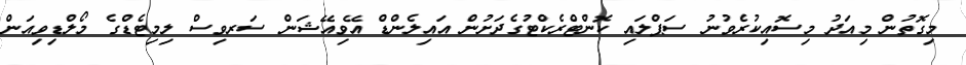
މިގޮތުން މިއަދު މިސޮއިކުރެވުނު ސަޕްލައި ކޮންޓްރެކްޓުގެދަށުން އައިލެންޑް އޭވިއޭޝަން ސަރވިސް ލިމިޓެޑްގެ މޯލްޑިވިއަން